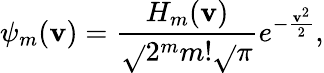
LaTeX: \psi_{m}(\mathbf{v})=\frac{{H_{m}(\mathbf{v})}}{{\sqrt{}{{2^{m}m!\sqrt{}{{\pi}}}}}}e^{-\frac{{\mathbf{v}^{2}}}{{2}}},